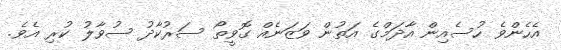
އެހެންވެ ހުސެއިން އާދަމްގެ އަތުން ވަޒަނެއް ގޮވީތޯ ސަރުކާދު ސުވާލު ކުރި އެވެ.